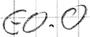
Text: E0.0